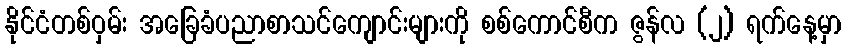
နိုင်ငံတစ်ဝှမ်း အခြေခံပညာစာသင်ကျောင်းများကို စစ်ကောင်စီက ဇွန်လ (၂) ရက်နေ့မှာ